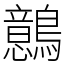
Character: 鷾